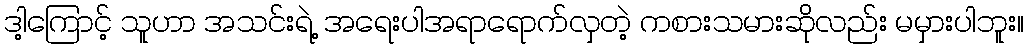
ဒါ့ကြောင့် သူဟာ အသင်းရဲ့ အရေးပါအရာရောက်လှတဲ့ ကစားသမားဆိုလည်း မမှားပါဘူး။